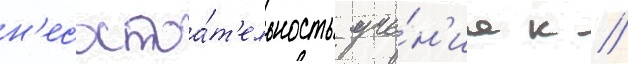
н'есостоа́т'ельность уче́н'иа к //